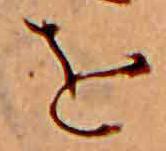
を